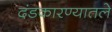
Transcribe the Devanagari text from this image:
दंडकारण्यातले